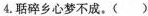
4.\underset{·}{聒}碎乡心梦不成。()